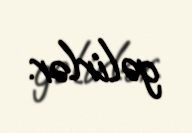
gəlirlər.